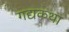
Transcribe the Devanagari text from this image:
गद्यकथा